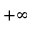
+ \infty